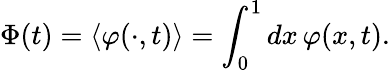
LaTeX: {\Phi}(t)=\left\langle\varphi(\cdot,t)\right\rangle=\int_{0}^{1}dx\, \varphi(x,t).